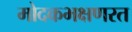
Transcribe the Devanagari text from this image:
मोदकभक्षणरत